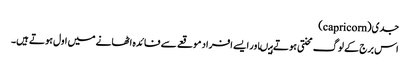
جدی(capricorn)
اس برج کے لوگ محنتی ہوتے ہیںاور ایسے افراد موقعے سے فائدہ اٹھانے میں اول ہوتے ہیں۔